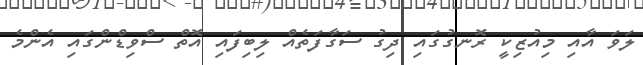
ލަވަ އާއި މިއުޒިކީ ރޮނގުގައި ދިގު ސަގާފަތެއް ލިބިފައި އޮތް ސްވިޑްންގައި އެންމެ